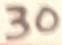
Text: 30